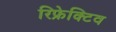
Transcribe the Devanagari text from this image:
रिफ्रेक्टिव